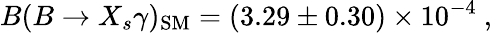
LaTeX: B(B\to X_{s}\gamma)_{\mathrm{SM}}=(3.29\pm 0.30)\times 10^{-4}\ ,